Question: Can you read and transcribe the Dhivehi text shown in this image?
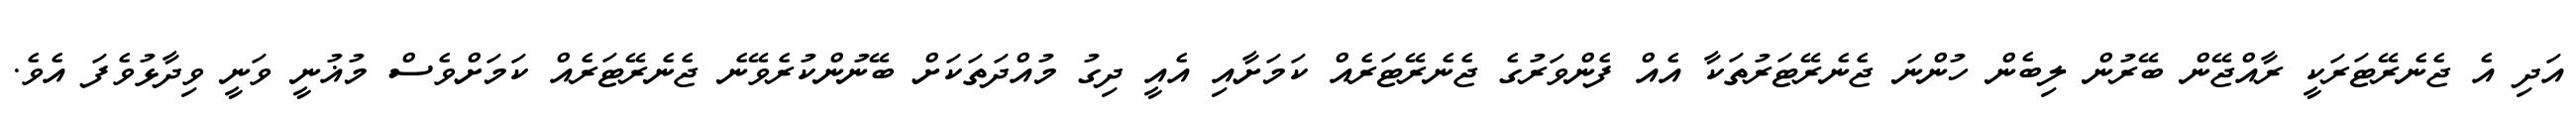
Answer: އަދި އެ ޖެނެރޭޓަރަކީ ރާއްޖޭން ބޭރުން ލިބެން ހުންނަ ޖެނެރޭޓަރުތަކާ އެއް ފެންވަރުގެ ޖެނެރޭޓަރެއް ކަމަށާއި އެއީ ދިގު މުއްދަތަކަށް ބޭނުންކުރެވޭނެ ޖެނެރޭޓަރެއް ކަމަށްވެސް މުޣުނީ ވަނީ ވިދާޅުވެފަ އެވެ.